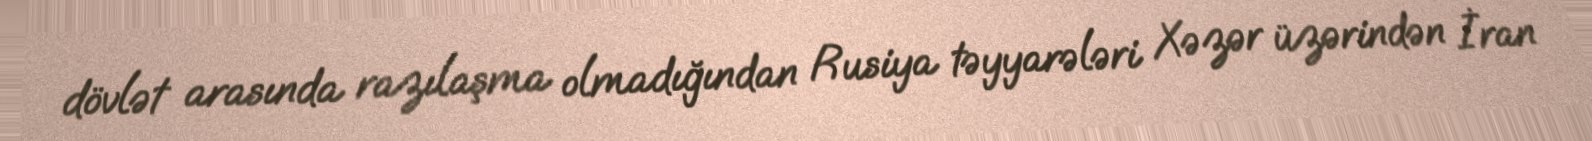
dövlət arasında razılaşma olmadığından Rusiya təyyarələri Xəzər üzərindən İran